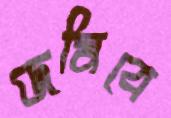
জমিবে